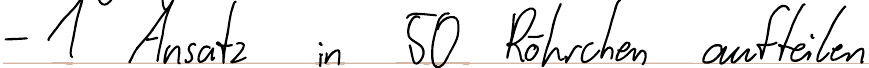
- 1 Ansatz in 50 Röhrchen aufteilen